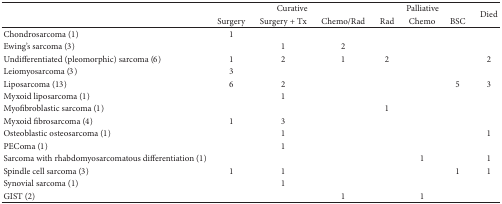
<table><thead><tr><td><b> </b></td><td colspan="3"><b>Curative</b></td><td colspan="3"><b>Palliative</b></td><td rowspan="2"><b>Died</b></td></tr><tr><td><b> </b></td><td><b>Surgery</b></td><td><b>Surgery + Tx</b></td><td><b>Chemo/Rad</b></td><td><b>Rad</b></td><td><b>Chemo</b></td><td><b>BSC</b></td></tr></thead><tbody><tr><td>Chondrosarcoma (1)</td><td>1</td><td> </td><td> </td><td> </td><td> </td><td> </td><td> </td></tr><tr><td>Ewing&#x27;s sarcoma (3)</td><td> </td><td>1</td><td>2</td><td> </td><td> </td><td> </td><td> </td></tr><tr><td>Undifferentiated (pleomorphic) sarcoma (6)</td><td>1</td><td>2</td><td>1</td><td>2</td><td> </td><td> </td><td>2</td></tr><tr><td>Leiomyosarcoma (3)</td><td>3</td><td> </td><td> </td><td> </td><td> </td><td> </td><td> </td></tr><tr><td>Liposarcoma (13)</td><td>6</td><td>2</td><td> </td><td> </td><td> </td><td>5</td><td>3</td></tr><tr><td>Myxoid liposarcoma (1)</td><td> </td><td>1</td><td> </td><td> </td><td> </td><td> </td><td> </td></tr><tr><td>Myofibroblastic sarcoma (1)</td><td> </td><td> </td><td> </td><td>1</td><td> </td><td> </td><td> </td></tr><tr><td>Myxoid fibrosarcoma (4)</td><td>1</td><td>3</td><td> </td><td> </td><td> </td><td> </td><td> </td></tr><tr><td>Osteoblastic osteosarcoma (1)</td><td> </td><td>1</td><td> </td><td> </td><td> </td><td> </td><td>1</td></tr><tr><td>PEComa (1)</td><td> </td><td>1</td><td> </td><td> </td><td> </td><td> </td><td> </td></tr><tr><td>Sarcoma with rhabdomyosarcomatous differentiation (1)</td><td> </td><td> </td><td> </td><td> </td><td>1</td><td> </td><td>1</td></tr><tr><td>Spindle cell sarcoma (3)</td><td>1</td><td>1</td><td> </td><td> </td><td> </td><td>1</td><td>1</td></tr><tr><td>Synovial sarcoma (1)</td><td> </td><td>1</td><td> </td><td> </td><td> </td><td> </td><td> </td></tr><tr><td>GIST (2)</td><td> </td><td> </td><td>1</td><td> </td><td>1</td><td> </td><td> </td></tr></tbody></table>